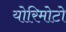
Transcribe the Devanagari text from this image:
योरिमोटो